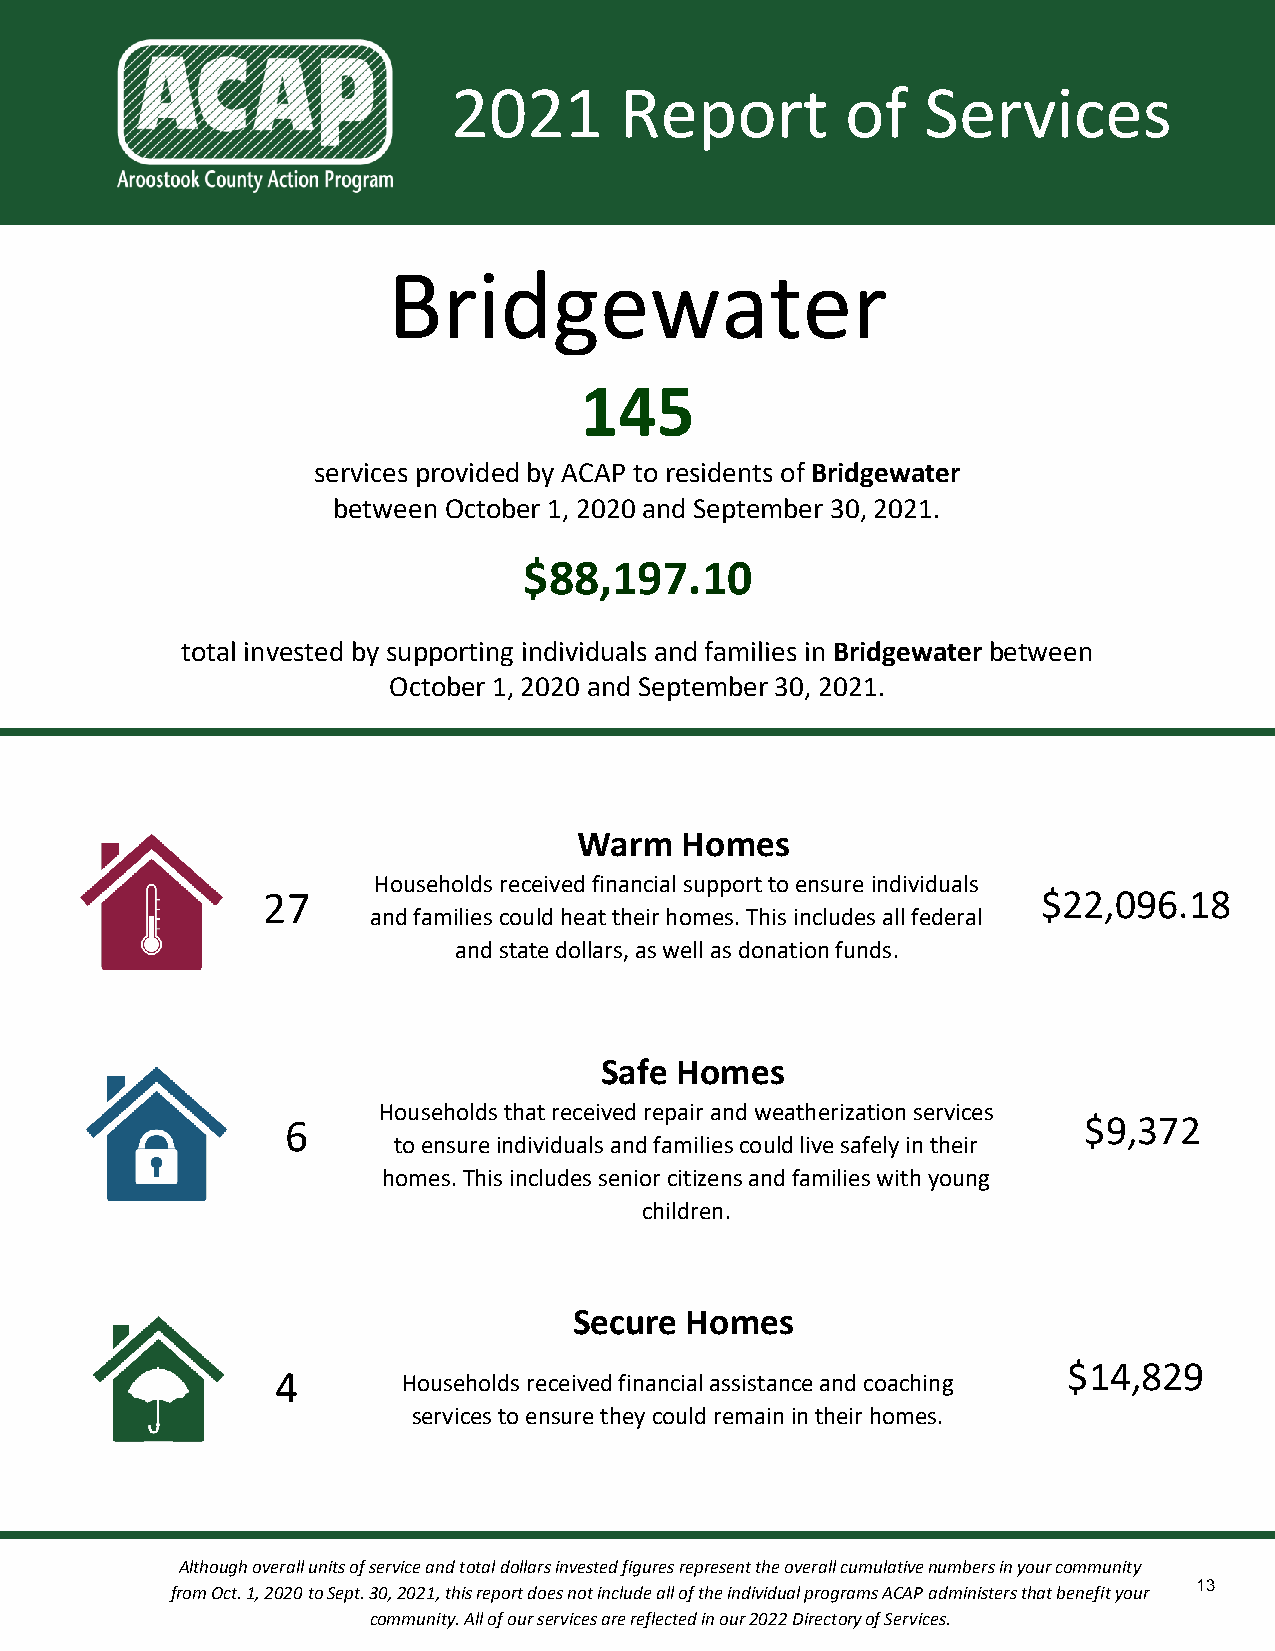
2021       Report         of   Services
 Bridgewater
 145
 services provided by ACAP to residents of Bridgewater
 between October 1, 2020 and September 30, 2021.
 $88,197.10
 total invested by supporting individuals and families in Bridgewater between
 October 1, 2020 and September 30, 2021.
 Warm   Homes
 Households received financial support to ensure individuals
 27                                                  $22,096.18
 and families could heat their homes. This includes all federal
 and state dollars, as well as donation funds.
 Safe Homes
 Households that received repair and weatherization services
 6                                                    $9,372
 to ensure individuals and families could live safely in their
 homes. This includes senior citizens and families with young
 children.
 Secure Homes
 $14,829
 4        Households received financial assistance and coaching
 services to ensure they could remain in their homes.
 Although overall units of service and total dollars invested figures represent the overall cumulative numbers in your community
 13
 from Oct. 1, 2020 to Sept. 30, 2021, this report does not include all of the individual programs ACAP administers that benefit your
 community. All of our services are reflected in our 2022 Directory of Services.